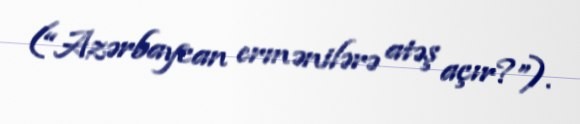
(“Azərbaycan ermənilərə atəş açır?”).